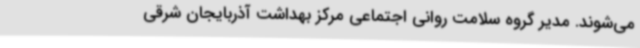
می‌شوند. مدیر گروه سلامت روانی اجتماعی مرکز بهداشت آذربایجان شرقی